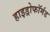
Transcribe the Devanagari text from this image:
हाइड्रोफॉर्मड